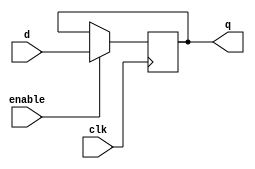
module gated_d_ff (
    input wire clk,
    input wire d,
    input wire enable,
    output reg q
);

always @(posedge clk) begin
    if (enable) begin
        q <= d;
    end
end

endmodule